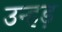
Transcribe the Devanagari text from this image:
उन्हड़